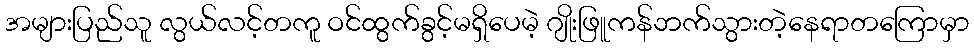
အများပြည်သူ လွယ်လင့်တကူ ဝင်ထွက်ခွင့်မရှိပေမဲ့ ဂျိုးဖြူကန်ဘက်သွားတဲ့နေရာတကြောမှာ